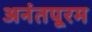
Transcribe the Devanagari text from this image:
अनंतपूरम